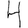
Digit: 4